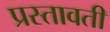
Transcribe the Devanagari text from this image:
प्रस्तावती